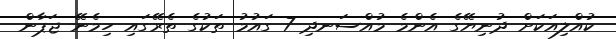
ކުއްލިއަކަށް ދުނިޔޭގެ އެންމެ މުއްސަނދި 7 ގައުމު ތަކުގެ ތެރޭގައި ހިމެނޭ ޖަޕާން